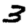
Digit: 3